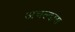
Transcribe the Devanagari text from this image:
अचल्दास